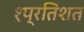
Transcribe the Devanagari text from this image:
१प्रतिशत